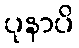
ပုနာပိ